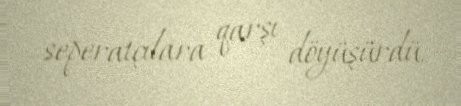
seperatçılara qarşı döyüşürdü.